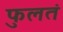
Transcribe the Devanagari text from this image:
फुलतं